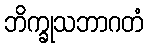
ဘိက္ခုသဘာဂတံ